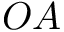
O A